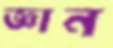
জ্ঞান